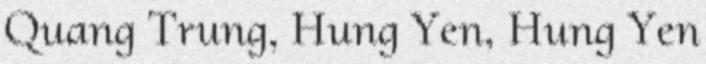
Quang Trung, Hung Yen, Hung Yen